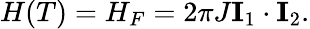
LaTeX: \begin{array}{r}{H(T)=H_{F}=2\pi J\mathbf{I}_{1}\cdot\mathbf{I}_{2}.}\end{array}